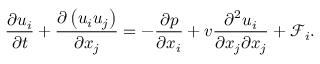
\frac { \partial u _ { i } } { \partial t } + \frac { \partial \left( u _ { i } u _ { j } \right) } { \partial x _ { j } } = - \frac { \partial p } { \partial x _ { i } } + v \frac { \partial ^ { 2 } u _ { i } } { \partial x _ { j } \partial x _ { j } } + \mathcal { F } _ { i } .